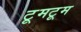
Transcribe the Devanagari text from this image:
टूमटूम